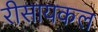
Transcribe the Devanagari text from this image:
रीसायकल